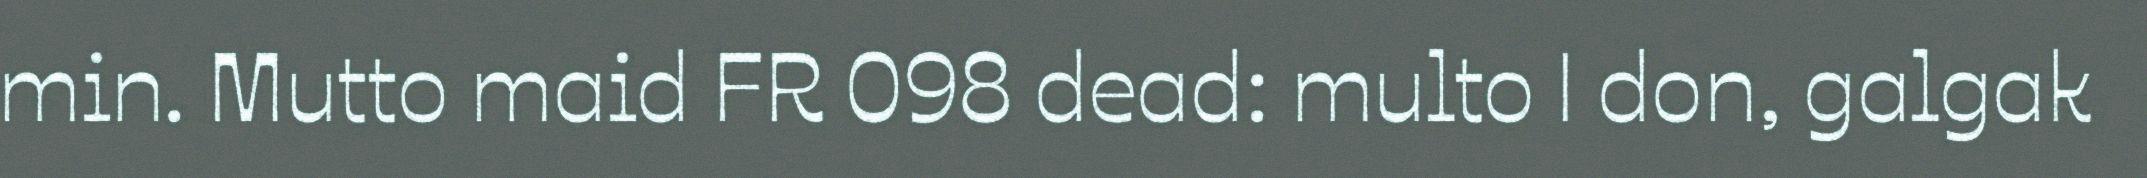
min. Mutto maid FR 098 dead: multo | don, galgak